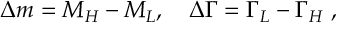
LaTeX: \Delta m = M _ { H } - M _ { L } , \quad \Delta \Gamma = \Gamma _ { L } - \Gamma _ { H } ~ ,